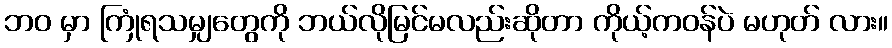
ဘဝ မှာ ကြုံရသမျှတွေကို ဘယ်လိုမြင်မလည်းဆိုတာ ကိုယ့်ကဝန်ပဲ မဟုတ် လား။